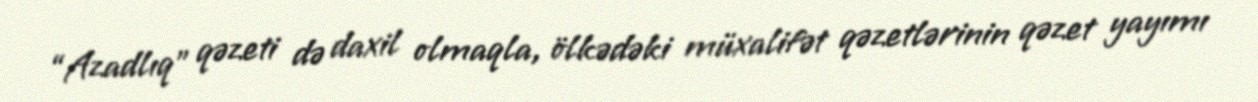
“Azadlıq” qəzeti də daxil olmaqla, ölkədəki müxalifət qəzetlərinin qəzet yayımı